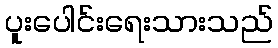
ပူးပေါင်းရေးသားသည်